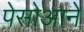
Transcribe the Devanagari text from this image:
पेसोआने